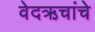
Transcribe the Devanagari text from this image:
वेदऋचांचे